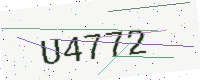
Text: U4772